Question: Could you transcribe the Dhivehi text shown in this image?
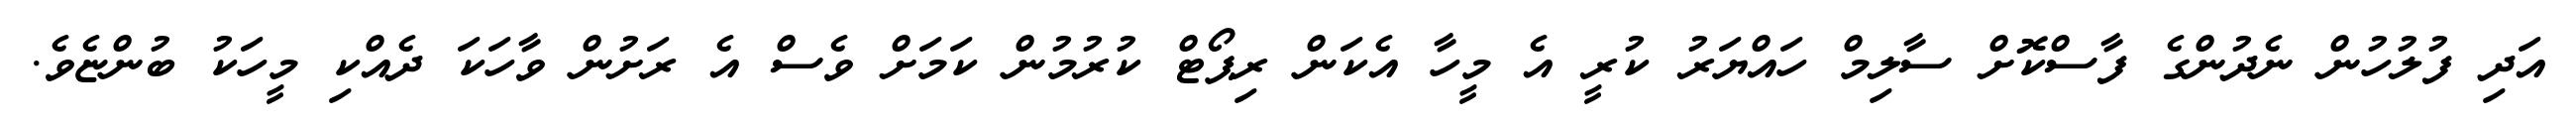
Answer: އަދި ފުލުހުން ނެދުންގެ ފާސްކޮށް ސާލިމް ހައްޔަރު ކުރީ އެ މީހާ އެކަން ރިޕޯޓް ކުރުމުން ކަމަށް ވެސް އެ ރަށުން ވާހަކަ ދެއްކި މީހަކު ބުންޏެވެ.